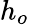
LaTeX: h_{o}